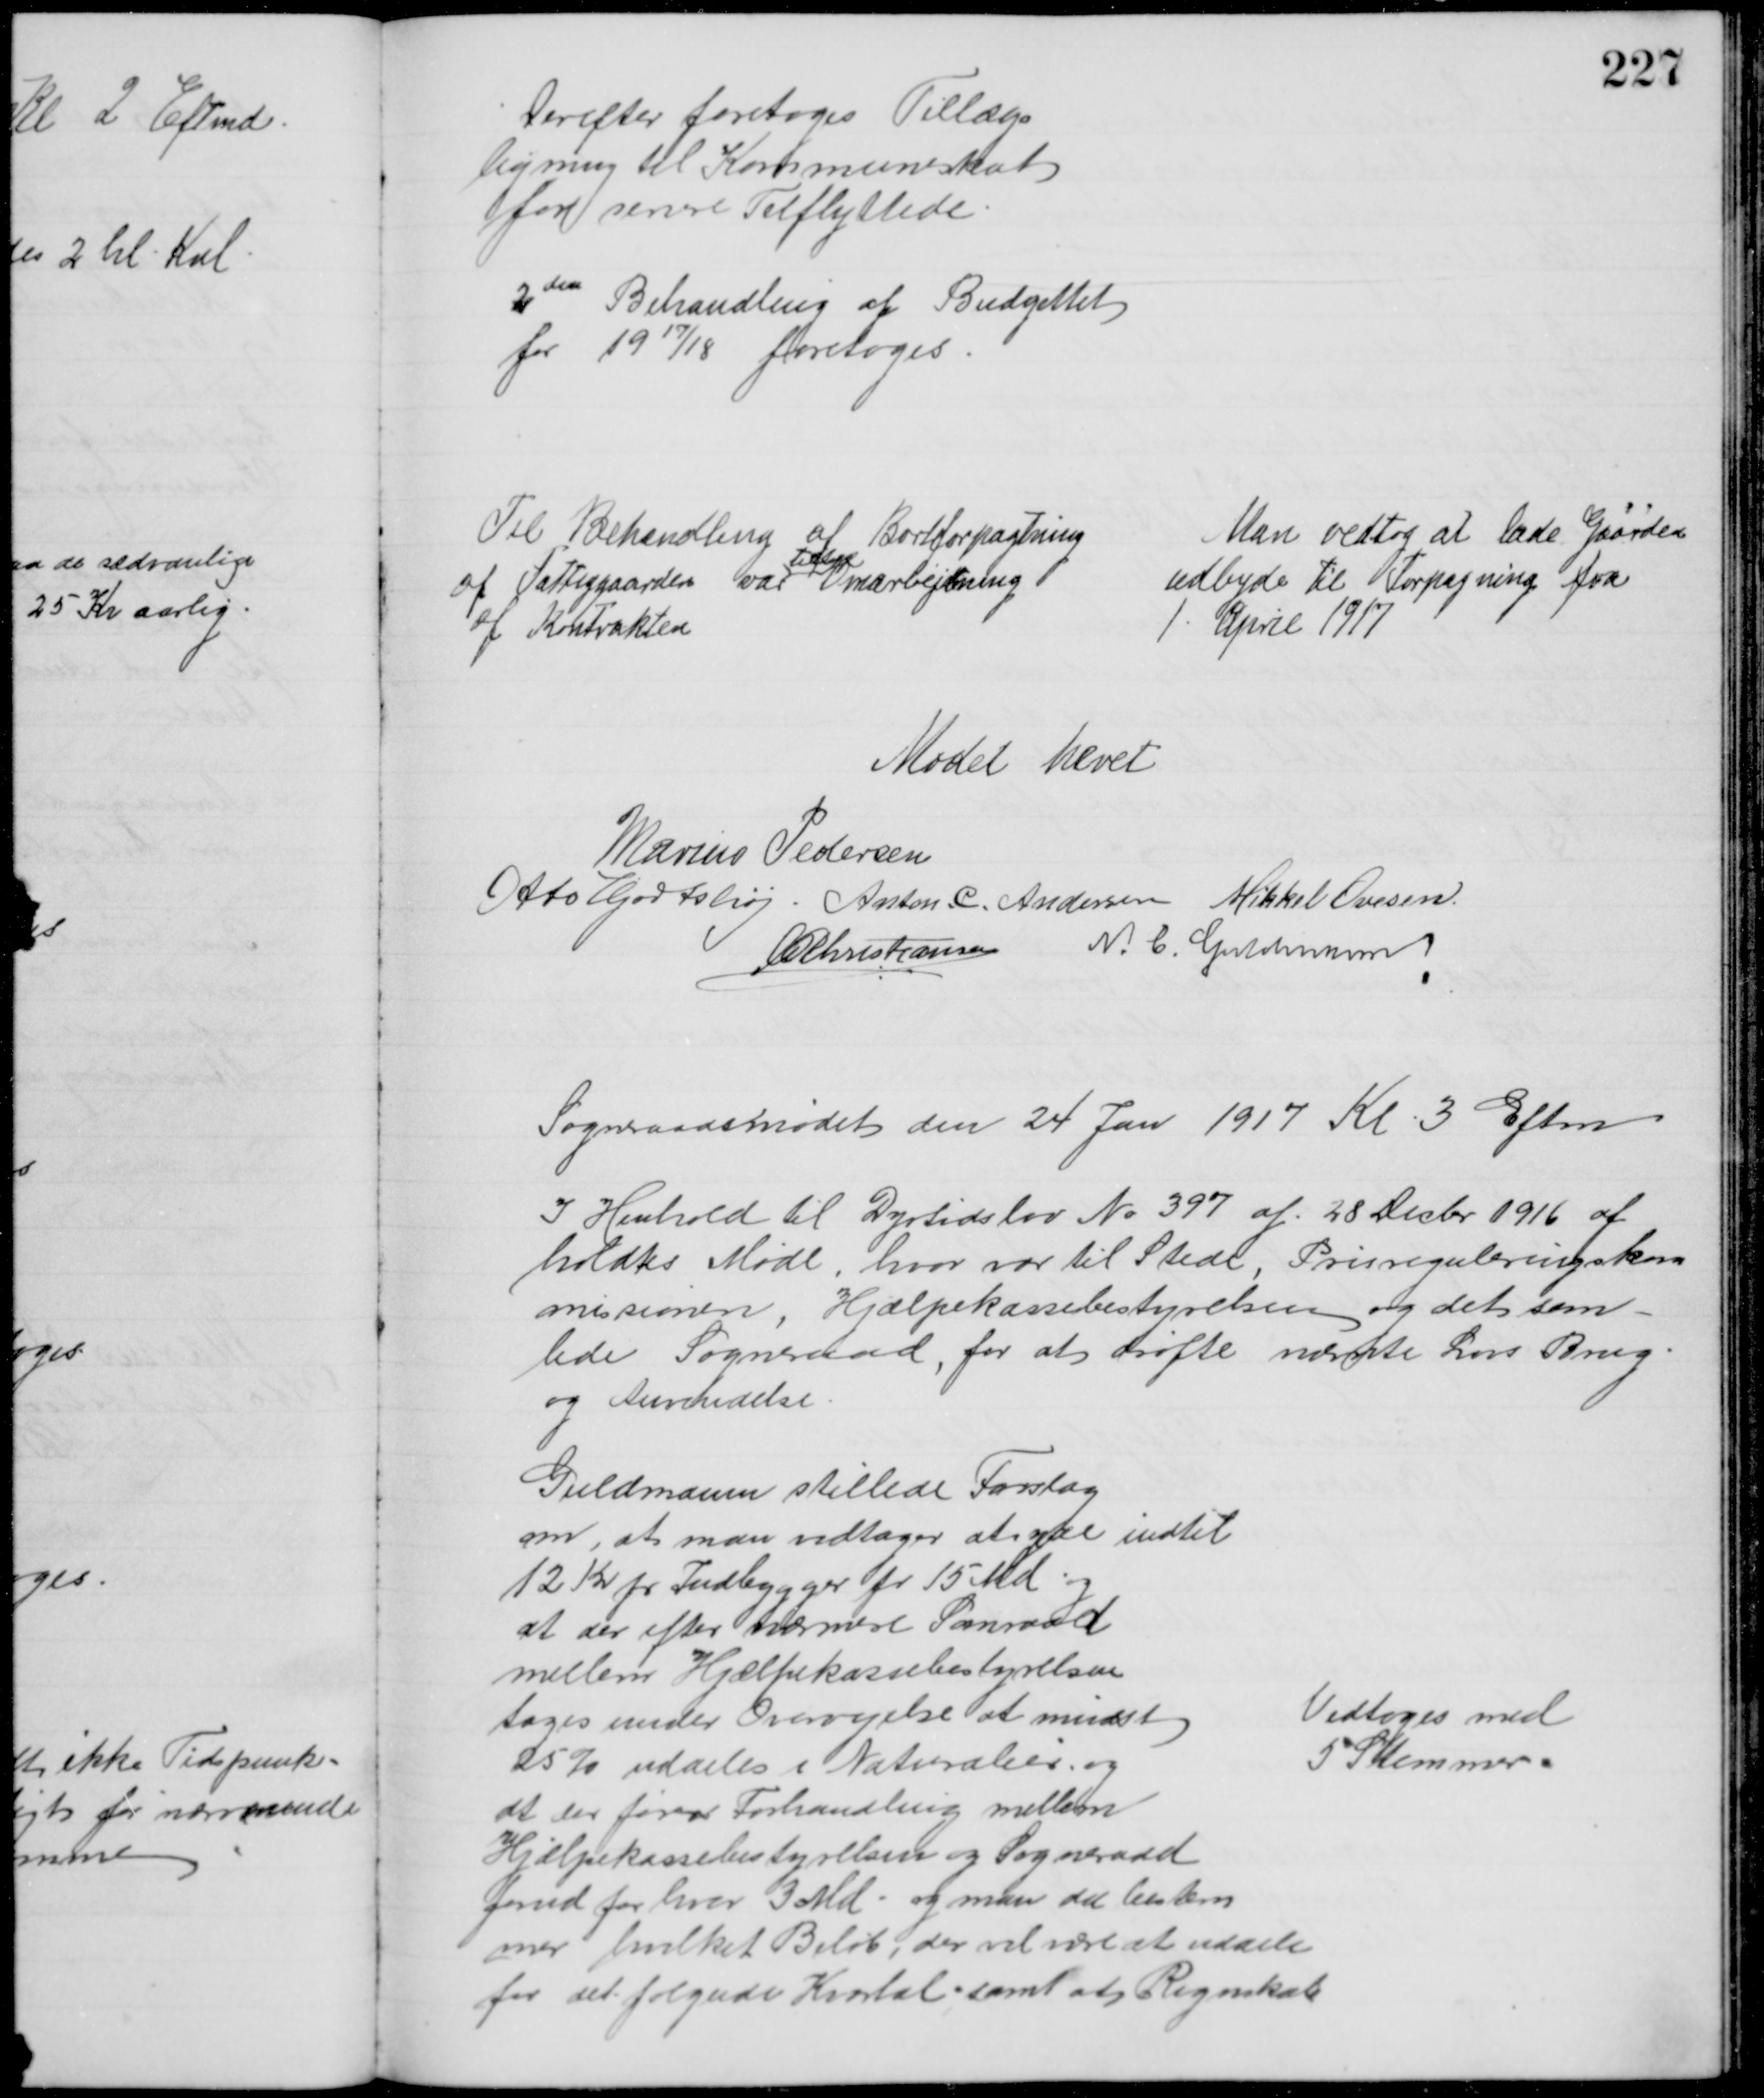
Transskription:
Derefter foretoges Tillægs
ligning til Kommuneskat
for senere Tilflyttede.
2den Behandling af Budgettet
for 1917/18 foretoges
Til Behandling af Bortforpagtning
af Fattiggaarden var
tilbage
Omarbejdning
af Kontrakten
Man vedtog at lade Gaarden
udbyde til Forpagning fra
1 April 1917
Mødet hævet
Marius Pedersen
Otto Hjortshøj. Anton. C. Andersen Mikkel Ovesen
A P Christiansen N. C. Guldmann
Sogneraadsmødet den 24 Jan 1917 Kl 3 Eftm
I Henhold til Dyrtidslov № 397 af 28 Decbr 1916 af
holdtes Møde, hvor var til Stede, Prisreguleringskom
missionen, Hjælpekassebestyrelsen og det sam-
lede Sogneraad, for at drøfte nævnte Lovs Brug
og Anvendelse.
Guldmann stillede Forslag
om, at man vedtager at yde indtil
12 Kr pr Indbygger pr 15 Md og
at der efter nærmere Samraad
mellem Hjælpekassebestyrelsen
tages under Overvejelse at mindst
25 % uddeles i Naturalier, og
at der føres Forhandling mellem
Hjælpekassebestyrelsen og Sogneraad
forud for hver 3 Md. og man der bestem
mer hvilket Beløb, der vil være at uddele
for det følgende Kvartal samt at Regnskab
Vedtoges med
5 Stemmer.